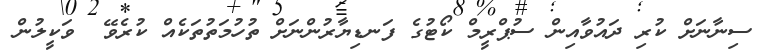
ސިނާނަށް ކުރި ދައުވާއިން ސުޕްރީމް ކޯޓުގެ ފަނޑިޔާރުންނަށް ތުހުމަތުތަކެއް ކުރެވޭ  ވަކީލުން